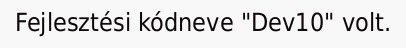
Fejlesztési kódneve "Dev10" volt.